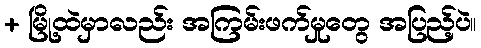
+ မြို့ထဲမှာလည်း အကြမ်းဖက်မှုတွေ အပြည့်ပဲ။